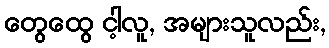
တွေထွေ ငါ့လူ, အများသူလည်း,